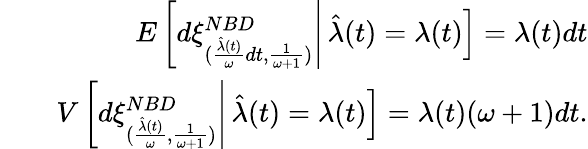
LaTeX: \begin{array}{rlr}&{}&{E\left[d\xi_{(\frac{\hat{\lambda}(t)}{\omega}dt,\frac{1}{\omega+1})}^{NBD}\right|\left.\hat{\lambda}(t)=\lambda(t)\right]=\lambda(t)dt}\\ &{}&{V\left[d\xi_{(\frac{\hat{\lambda}(t)}{\omega},\frac{1}{\omega+1})}^{NBD}\right|\left.\hat{\lambda}(t)=\lambda(t)\right]=\lambda(t)(\omega+1)dt.}\end{array}